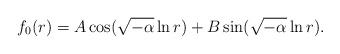
LaTeX: \begin{align*}f_0(r)=A\cos(\sqrt{-\alpha}\ln r)+B\sin(\sqrt{-\alpha}\ln r).\end{align*}